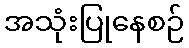
အသုံးပြုနေစဉ်